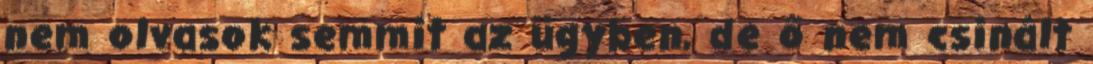
nem olvasok semmit az ügyben, de ő nem csinált